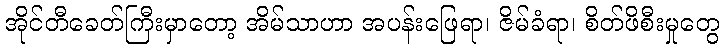
အိုင်တီခေတ်ကြီးမှာတော့ အိမ်သာဟာ အပန်းဖြေရာ၊ ဇိမ်ခံရာ၊ စိတ်ဖိစီးမှုတွေ